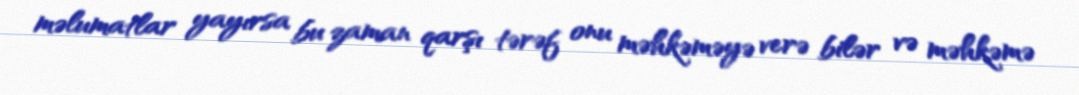
məlumatlar yayırsa bu zaman qarşı tərəf onu məhkəməyə verə bilər və məhkəmə